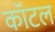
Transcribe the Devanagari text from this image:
कॉटल